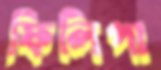
ফিলিপা